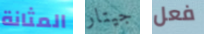
المثانة جيتار فعل